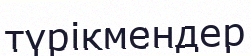
түрікмендер